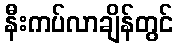
နီးကပ်လာချိန်တွင်